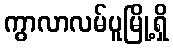
ကွာလာလမ်ပူမြို့ရှိ